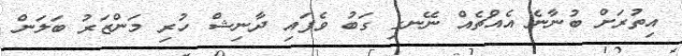
އިތުރަށް ބުނާނެ އެއްޗެއް ނޭނގި ގަބު ވެފައި ދާނިޝް ހުރި މަންޒަރު ބަލަން